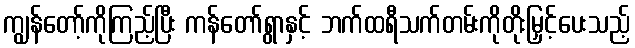
ကျွန်တော့်ကိုကြည့်ပြီး ကန်တော်ရွာနှင့် ဘက်ထရီသက်တမ်းကိုတိုးမြှင့်ပေးသည့်